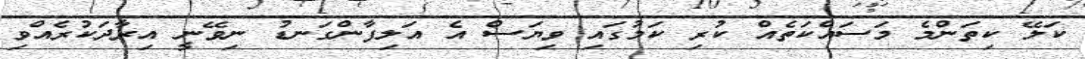
ކަލޭ ކިތަންމެ މަސައްކަތެއް ކުރި ކަމުގައި ވިޔަސް އެ އަލިފާންގަނޑު ނިވޭނީ އިރާދަކުރެއްވި